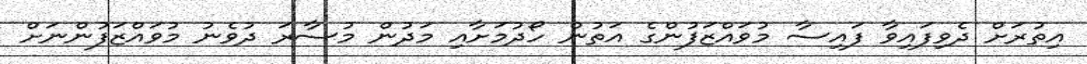
އިތުރަށް ދެވިފައިވާ ފައިސާ މުވައްޒަފުންގެ އަތުން ހޯދުމަށާއި މަދުން މުސާރަ ދުވެނު މުވައްޒަފުންނަށް